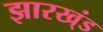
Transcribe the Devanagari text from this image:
झारख्ंड